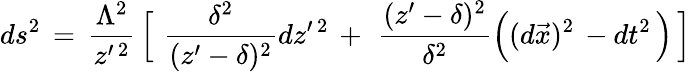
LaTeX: ds^{2}\, =\, {\frac{\Lambda^{2}}{z^{\prime\, 2}}}\, \Big\lbrack\, \, {\frac{\delta^{2}}{(z^{\prime}-\delta)^{2}}}dz^{\prime\, 2}\, +\, \, {\frac{(z^{\prime}-\delta)^{2}}{\delta^{2}}}\Big((d\vec{x})^{2}\, -dt^{2}\, \Big)\, \Big\rbrack